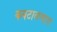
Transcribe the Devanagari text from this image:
कवटाळणारा